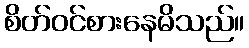
စိတ်ဝင်စားနေမိသည်။